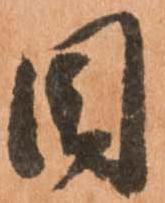
目